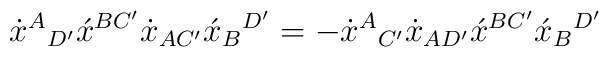
\dot{x}^A{}_{D'}\acute{x}^{BC'}\dot{x}_{AC'}\acute{x}_B{}^{D'} =-\dot{x}^A{}_{C'}\dot{x}_{AD'}\acute{x}^{BC'}\acute{x}_B{}^{D'}